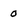
Character: 0